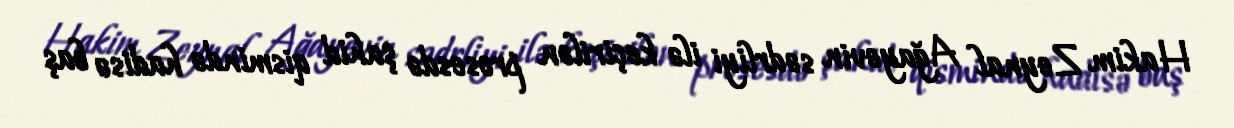
Hakim Zeynal Ağayevin sədrliyi ilə keçirilən prosesdə şahid qismində hadisə baş